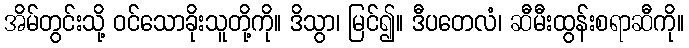
အိမ်တွင်းသို့ ဝင်သောခိုးသူတို့ကို။ ဒိသွာ၊ မြင်၍။ ဒီပတေလံ၊ ဆီမီးထွန်းစရာဆီကို။